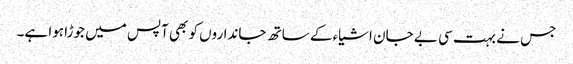
جس نے بہت سی بے جان اشیاء کے ساتھ جانداروں کو بھی آپس میں جوڑا ہوا ہے۔